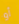
أو